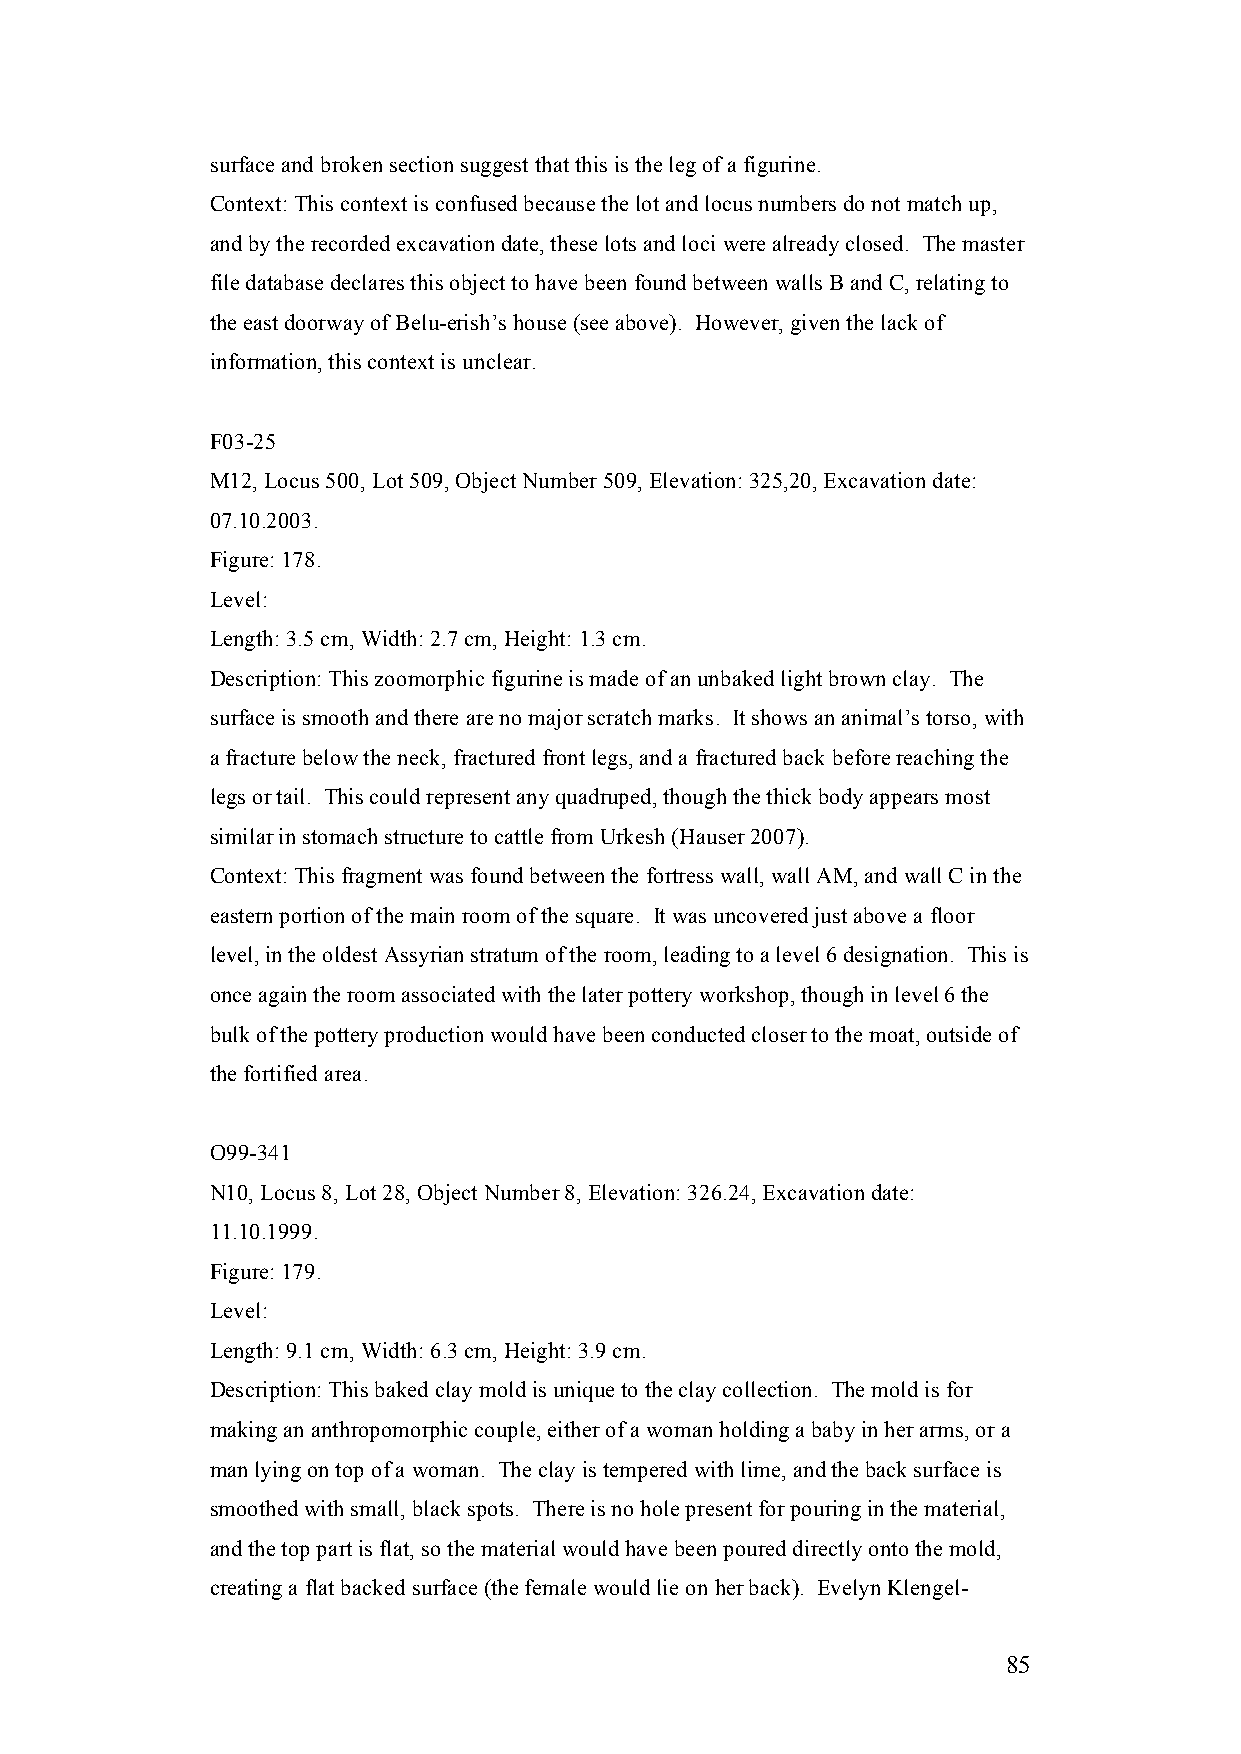
surface and broken section suggest that this is the leg of a figurine.
 Context: This context is confused because the lot and locus numbers do not match up,
 and by the recorded excavation date, these lots and loci were already closed. The master
 file database declares this object to have been found between walls B and C, relating to
 the east doorway of Belu-erish’s house (see above). However, given the lack of
 information, this context is unclear.
 F03-25
 M12, Locus 500, Lot 509, Object Number 509, Elevation: 325,20, Excavation date:
 07.10.2003.
 Figure: 178.
 Level:
 Length: 3.5 cm, Width: 2.7 cm, Height: 1.3 cm.
 Description: This zoomorphic figurine is made of an unbaked light brown clay. The
 surface is smooth and there are no major scratch marks. It shows an animal’s torso, with
 a fracture below the neck, fractured front legs, and a fractured back before reaching the
 legs or tail. This could represent any quadruped, though the thick body appears most
 similar in stomach structure to cattle from Urkesh (Hauser 2007).
 Context: This fragment was found between the fortress wall, wall AM, and wall C in the
 eastern portion of the main room of the square. It was uncovered just above a floor
 level, in the oldest Assyrian stratum of the room, leading to a level 6 designation. This is
 once again the room associated with the later pottery workshop, though in level 6 the
 bulk of the pottery production would have been conducted closer to the moat, outside of
 the fortified area.
 O99-341
 N10, Locus 8, Lot 28, Object Number 8, Elevation: 326.24, Excavation date:
 11.10.1999.
 Figure: 179.
 Level:
 Length: 9.1 cm, Width: 6.3 cm, Height: 3.9 cm.
 Description: This baked clay mold is unique to the clay collection. The mold is for
 making an anthropomorphic couple, either of a woman holding a baby in her arms, or a
 man lying on top of a woman. The clay is tempered with lime, and the back surface is
 smoothed with small, black spots. There is no hole present for pouring in the material,
 and the top part is flat, so the material would have been poured directly onto the mold,
 creating a flat backed surface (the female would lie on her back). Evelyn Klengel-
 85